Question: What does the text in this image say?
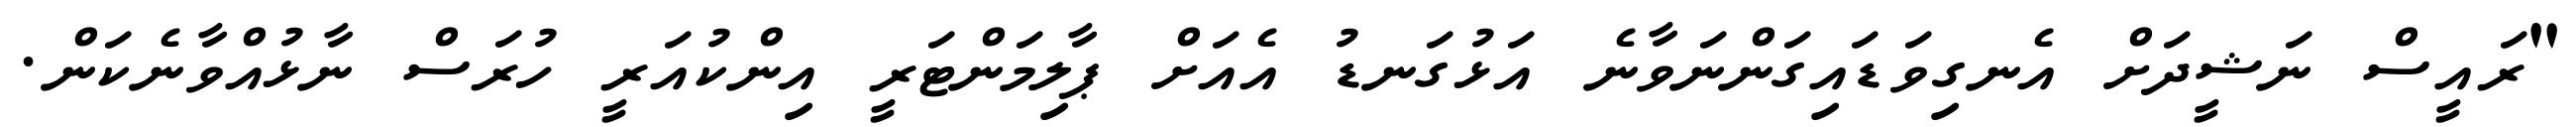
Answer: "ރައީސް ނަޝީދަށް އެނގިވަޑައިގަންނަވާނެ އަޅުގަނޑު އެއަށް ޕާލިމަންޓަރީ އިންކުއަރީ ހުރަސް ނާޅުއްވާނެކަން.